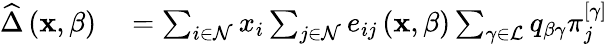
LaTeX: \begin{array}{rl}{\widehat{\Delta}\left(\mathbf{x},\beta\right)}&{{}=\sum_{i\in\mathcal{N}}x_{i}\sum_{j\in\mathcal{N}}e_{ij}\left(\mathbf{x},\beta\right)\sum_{\gamma\in\mathcal{L}}q_{\beta\gamma}\pi_{j}^{\left[\gamma\right]}}\end{array}